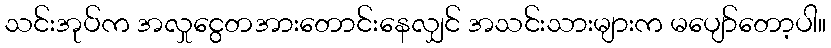
သင်းအုပ်က အလှုငွေတအားတောင်းနေလျှင် အသင်းသားများက မပျော်တော့ပါ။